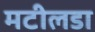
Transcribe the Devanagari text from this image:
मटीलडा